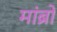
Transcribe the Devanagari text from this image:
मांब्रो